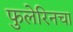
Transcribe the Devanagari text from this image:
फुलेरिनचा